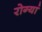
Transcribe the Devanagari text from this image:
रोग्यां